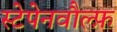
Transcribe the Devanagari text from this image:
स्टेपेनवौल्फ़